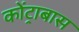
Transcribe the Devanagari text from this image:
कोंट्राबास